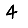
Digit: 4